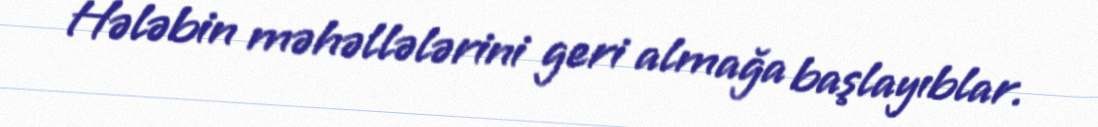
Hələbin məhəllələrini geri almağa başlayıblar.